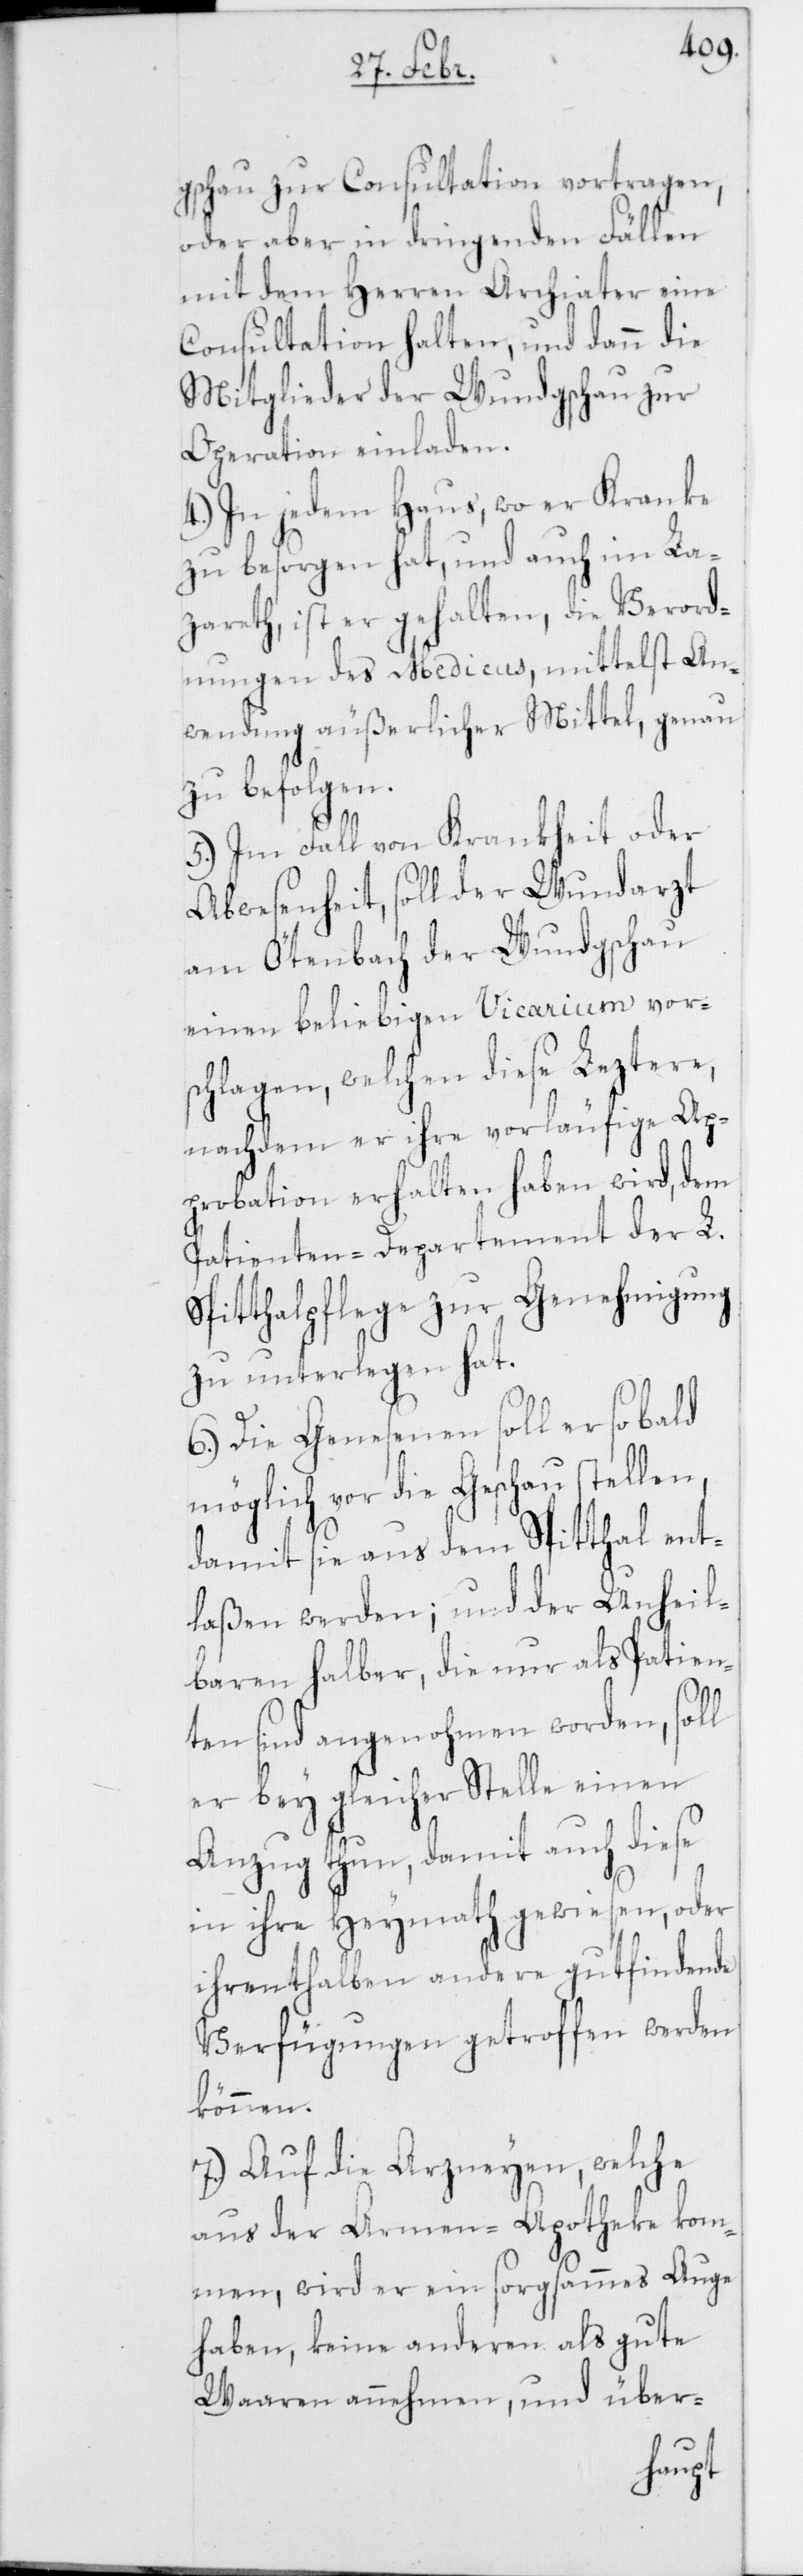
gschau zur Consultation vortragen,
oder aber in dringenden Fällen
mit dem Herren Archiater eine
Consultation halten, und dann die
Mitglieder der Wundgschau zur
Operation einladen.
4.) In jedem Haus, wo er Kranke
zu besorgen hat, und auch im La¬
zareth, ist er gehalten, die Verord¬
nungen des Medicus, mittelst An¬
wendung äußerlicher Mittel, genau
zu befolgen.
5.) Im Fall von Krankheit oder
Abwesenheit, soll der Wundarzt
am Oetenbach der Wundgschau
einen beliebigen Vicarium vors¬
chlagen, welchen diese Leztere,
nachdem er ihre vorläufige Ap¬
probation erhalten haben wird, dem
Patienten-Departement der L.
Spitthalpflege zur Genehmigung
zu unterlegen hat.
6.) Die Genesenen soll er sobald
möglich vor die Gschau stellen,
laßen werden; und der Unheil¬
baren halber, die nur als Patien¬
ten sind angenohmen worden, soll
er bey gleicher Stelle einen
Anzug thun, damit auch diese
in ihre Heymath gewiesen, oder
ihrenthalben andere gutfindende
Verfügungen getroffen werden
können.
7.) Auf die Arzneyen, welche
aus der Armen-Apotheke kom¬
men, wird er ein sorgsammes Auge
haben, keine anderen als gute
Waaren annehmen, und über-
ent¬